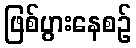
ဖြစ်ပွားနေစဉ်